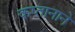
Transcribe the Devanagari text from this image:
कप्‍तानाने